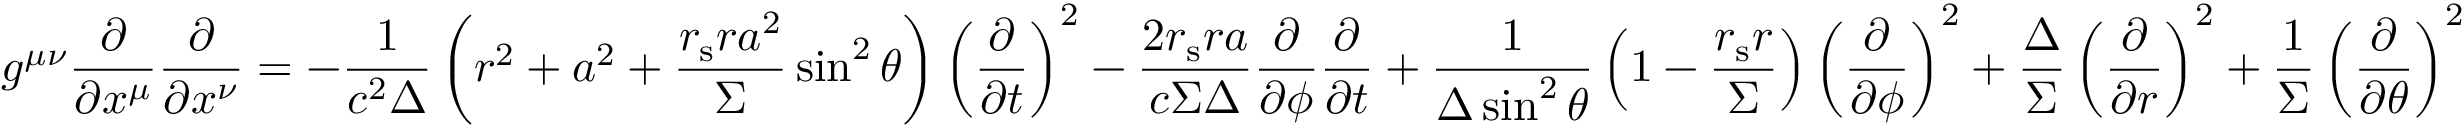
g ^ { \mu \nu } { \frac { \partial } { \partial x ^ { \mu } } } { \frac { \partial } { \partial x ^ { \nu } } } = - { \frac { 1 } { c ^ { 2 } \Delta } } \left( r ^ { 2 } + a ^ { 2 } + { \frac { r _ { \mathrm { s } } r a ^ { 2 } } { \Sigma } } \sin ^ { 2 } \theta \right) \left( { \frac { \partial } { \partial t } } \right) ^ { 2 } - { \frac { 2 r _ { \mathrm { s } } r a } { c \Sigma \Delta } } { \frac { \partial } { \partial \phi } } { \frac { \partial } { \partial { t } } } + { \frac { 1 } { \Delta \sin ^ { 2 } \theta } } \left( 1 - { \frac { r _ { \mathrm { s } } r } { \Sigma } } \right) \left( { \frac { \partial } { \partial \phi } } \right) ^ { 2 } + { \frac { \Delta } { \Sigma } } \left( { \frac { \partial } { \partial r } } \right) ^ { 2 } + { \frac { 1 } { \Sigma } } \left( { \frac { \partial } { \partial \theta } } \right) ^ { 2 }